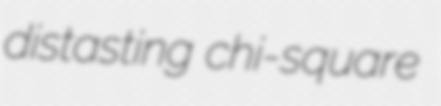
distasting chi-square